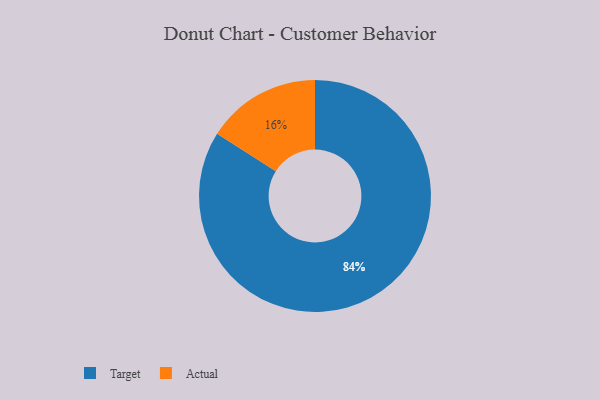
{"axis": {"x": "Category", "y": "Percentage"}, "legend": ["Actual", "Target"], "data": [{"x": "Target", "y": 84, "type": "Target"}, {"x": "Actual", "y": 16, "type": "Actual"}]}